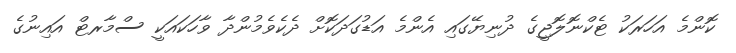
ކޮންމެ އަހަރަކު ޓެކްނޮލޮޖީގެ ދުނިޔޭގައި އެންމެ އަޑުގަދަކޮށް ދެކެވެމުންދާ ވާހަކައަކީ ސްމާރޓް އައިނުގެ